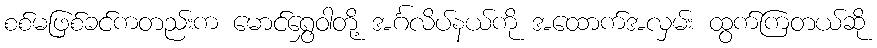
စစ်မဖြစ်ခင်ကတည်းက မောင်ရွှေဝါတို့ အင်္ဂလိပ်နယ်ကို အထောက်အလှမ်း ထွက်ကြတယ်ဆို